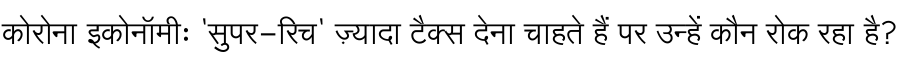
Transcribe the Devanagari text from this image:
कोरोना इकोनॉमीः 'सुपर-रिच' ज़्यादा टैक्स देना चाहते हैं पर उन्हें कौन रोक रहा है?